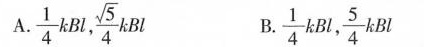
A.\frac{1}{4}kBl,\frac{\sqrt{5}}{4}kBl B.\frac{1}{4}kBl,\frac{5}{4}kBl